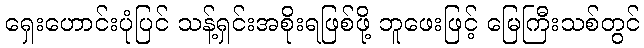
ရှေးဟောင်းပုံပြင် သန့်ရှင်းအစိုးရဖြစ်ဖို့ ဘူဖေးဖြင့် မြေကြီးသစ်တွင်